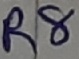
Text: R8